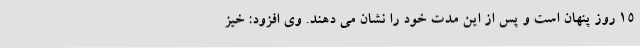
۱۵ روز پنهان است و پس از این مدت خود را نشان می دهند. وی افزود: خیز